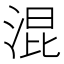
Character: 混